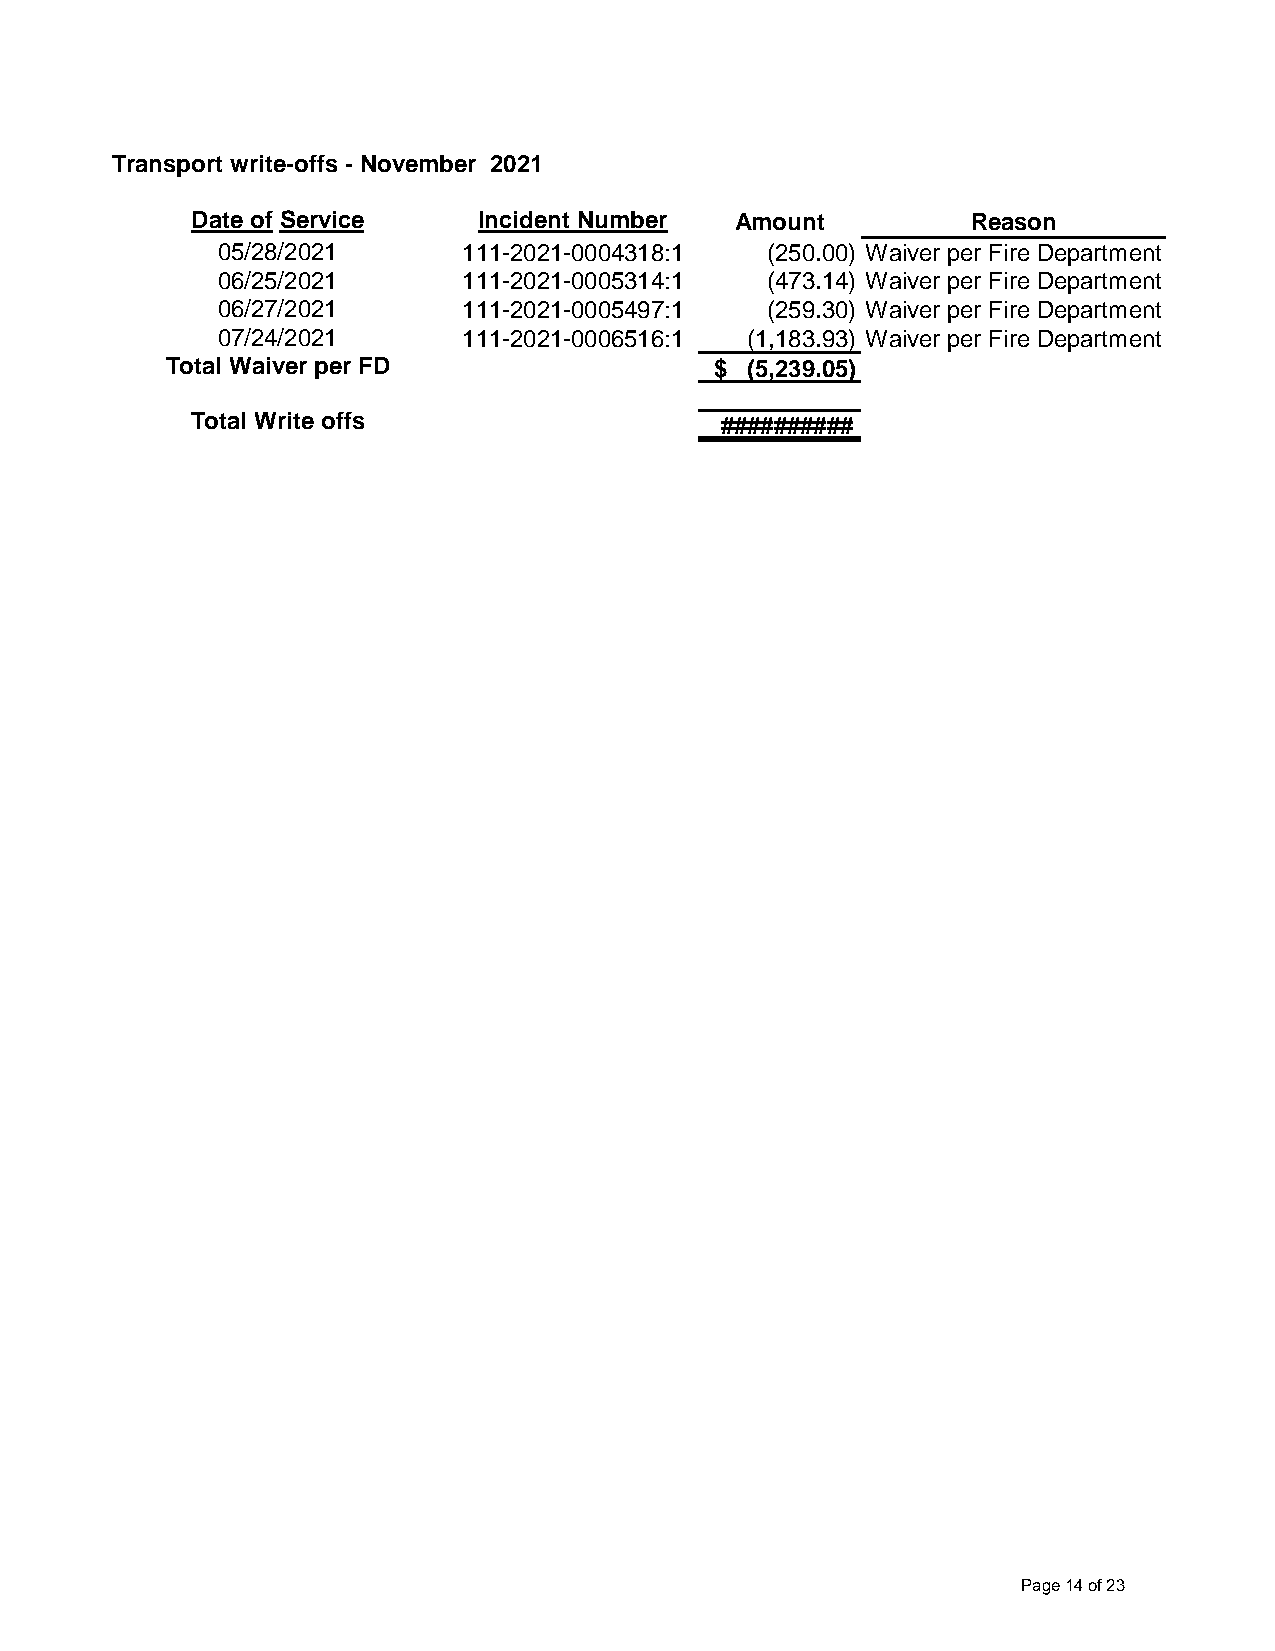
Transport write-offs - November 2021
 Date of Service    Incident Number  Amount         Reason
 05/28/2021       111-2021-0004318:1  ( 250.00) Waiver per Fire Department
 06/25/2021       111-2021-0005314:1  ( 473.14) Waiver per Fire Department
 06/27/2021       111-2021-0005497:1  ( 259.30) Waiver per Fire Department
 07/24/2021       111-2021-0006516:1 ( 1,183.93) Waiver per Fire Department
 Total Waiver per FD                 $ ( 5,239.05)
 Total Write offs                   ##########
 Page 14 of 23